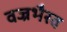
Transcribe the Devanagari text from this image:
वज्रभैरव